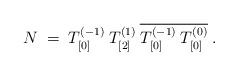
LaTeX: \begin{align*}N \;=\; T^{(-1)}_{[0]}\: T^{(1)}_{[2]}\: \overline{T^{(-1)}_{[0]}\:T^{(0)}_{[0]}}\;. \end{align*}